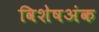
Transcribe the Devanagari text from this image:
विशेषअंक